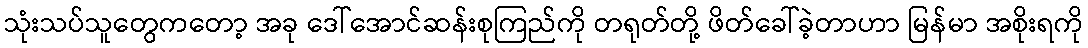
သုံးသပ်သူတွေကတော့ အခု ဒေါ်အောင်ဆန်းစုကြည်ကို တရုတ်တို့ ဖိတ်ခေါ်ခဲ့တာဟာ မြန်မာ အစိုးရကို